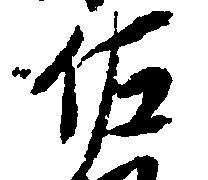
佐